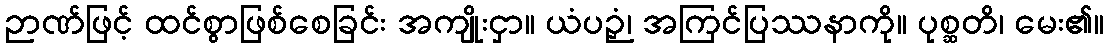
ဉာဏ်ဖြင့် ထင်စွာဖြစ်စေခြင်း အကျိုးငှာ။ ယံပဉှံ၊ အကြင်ပြဿနာကို။ ပုစ္ဆတိ၊ မေး၏။